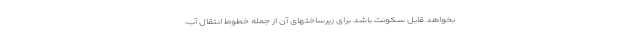
بخواهد قابل سکونت باشد برای زیرساختهای آن از جمله خطوط انتقال آب،